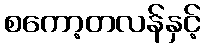
စကော့တလန်နှင့်